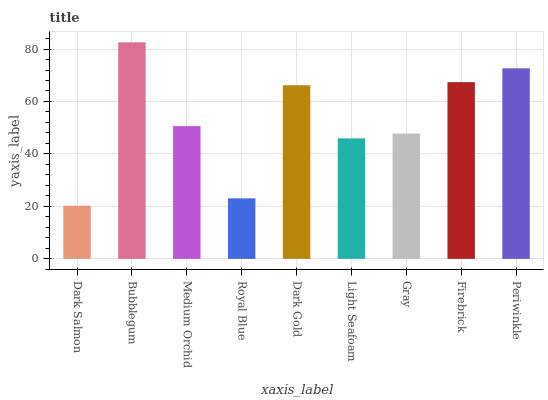
| xaxis_label | bars |
 | --- | --- |
 | Dark Salmon | 20.3 |
 | Bubblegum | 82.5 |
 | Medium Orchid | 50.6 |
 | Royal Blue | 23.1 |
 | Dark Gold | 66.2 |
 | Light Seafoam | 45.9 |
 | Gray | 47.8 |
 | Firebrick | 67.4 |
 | Periwinkle | 72.6 |